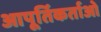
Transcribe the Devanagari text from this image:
आपूर्तिकर्ताओ